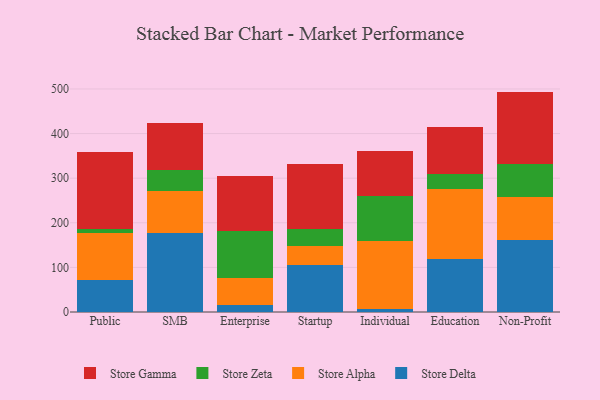
{"axis": {"x": "Segment", "y": "Humidity (%)"}, "legend": ["Store Alpha", "Store Delta", "Store Gamma", "Store Zeta"], "data": [{"x": "Public", "y": 72.4, "type": "Store Delta"}, {"x": "Public", "y": 104.8, "type": "Store Alpha"}, {"x": "Public", "y": 9.2, "type": "Store Zeta"}, {"x": "Public", "y": 171.9, "type": "Store Gamma"}, {"x": "SMB", "y": 177.2, "type": "Store Delta"}, {"x": "SMB", "y": 93.4, "type": "Store Alpha"}, {"x": "SMB", "y": 48.4, "type": "Store Zeta"}, {"x": "SMB", "y": 105.3, "type": "Store Gamma"}, {"x": "Enterprise", "y": 16.5, "type": "Store Delta"}, {"x": "Enterprise", "y": 60.2, "type": "Store Alpha"}, {"x": "Enterprise", "y": 105.1, "type": "Store Zeta"}, {"x": "Enterprise", "y": 123.7, "type": "Store Gamma"}, {"x": "Startup", "y": 105.5, "type": "Store Delta"}, {"x": "Startup", "y": 42.5, "type": "Store Alpha"}, {"x": "Startup", "y": 39.0, "type": "Store Zeta"}, {"x": "Startup", "y": 145.8, "type": "Store Gamma"}, {"x": "Individual", "y": 5.9, "type": "Store Delta"}, {"x": "Individual", "y": 152.5, "type": "Store Alpha"}, {"x": "Individual", "y": 101.1, "type": "Store Zeta"}, {"x": "Individual", "y": 102.2, "type": "Store Gamma"}, {"x": "Education", "y": 119.1, "type": "Store Delta"}, {"x": "Education", "y": 155.9, "type": "Store Alpha"}, {"x": "Education", "y": 33.4, "type": "Store Zeta"}, {"x": "Education", "y": 106.9, "type": "Store Gamma"}, {"x": "Non-Profit", "y": 162.4, "type": "Store Delta"}, {"x": "Non-Profit", "y": 95.8, "type": "Store Alpha"}, {"x": "Non-Profit", "y": 74.5, "type": "Store Zeta"}, {"x": "Non-Profit", "y": 161.4, "type": "Store Gamma"}]}